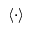
\langle \cdot \rangle